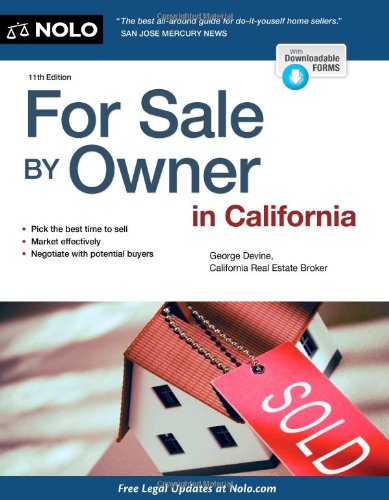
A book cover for For Sale By Owner in California; George Devine; Business & Money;